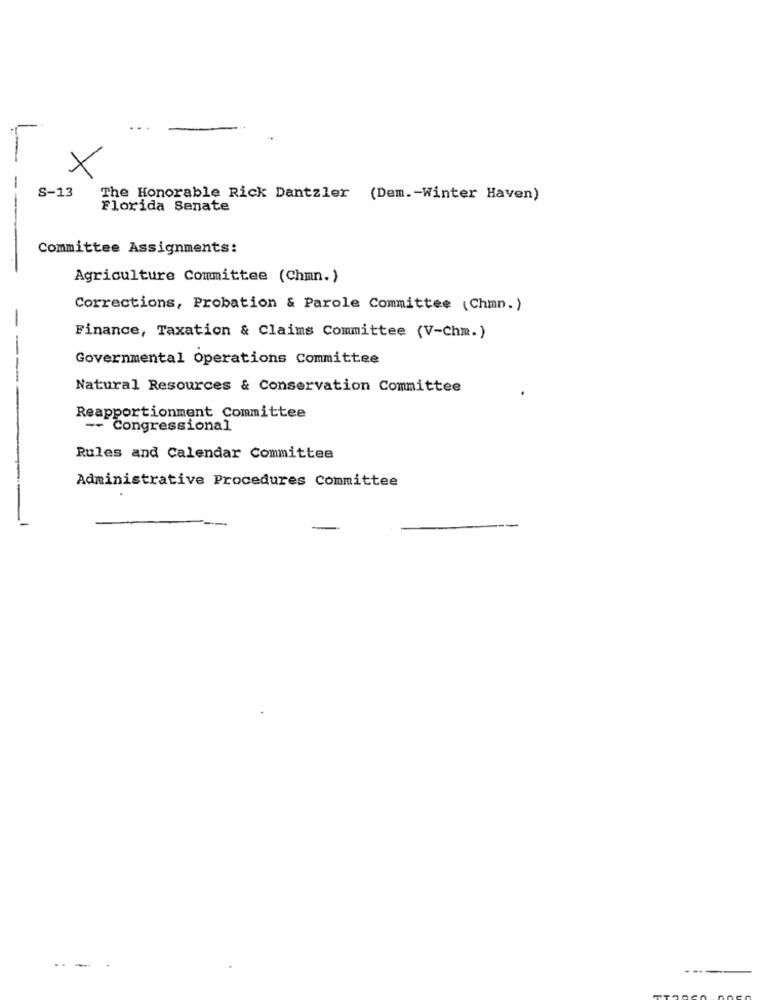
S-13
The Honorable Rick Dantzler (Dem .- Winter Haven)
Florida Senate
---
Committee Assignments:
Agriculture Committee (Chmn.)
Corrections, Probation & Parole Committee (Chmn.)
Finance, Taxation & Claims Committee (V-Chm.)
Governmental Operations Committee
Natural Resources & Conservation Committee
Reapportionment Committee
-- Congressional
Rules and Calendar Committee
Administrative Procedures Committee
..
-